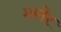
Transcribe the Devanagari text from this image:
मानेर